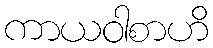
ကာယဝါစာဟိ